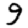
Digit: 9